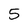
Character: 5